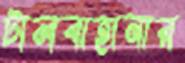
টালবাহানার